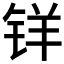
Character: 𰽽